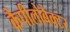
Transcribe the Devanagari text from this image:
कैपीलोबैक्टर